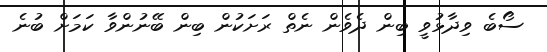
ސޯބެ ވިދާޅުވީ ބިން ދެވެން ނެތް ރަށަކުން ބިން ބޭނުންވާ ކަމަށް ބުނެ